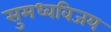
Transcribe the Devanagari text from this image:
सुमध्वविजय